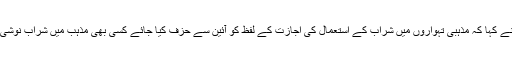
سینیٹر خافظ حمدا ﷲ نے کہا کہ مذہبی تہواروں میں شراب کے استعمال کی اجازت کے لفظ کو آئین سے حزف کیا جائے کسی بھی مذہب میں شراب نوشی کی اجازت نہیں ہے ۔